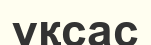
үқсас